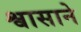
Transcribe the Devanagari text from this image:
श्वासाने